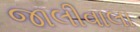
જાલીવાલા